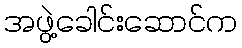
အဖွဲ့ခေါင်းဆောင်က